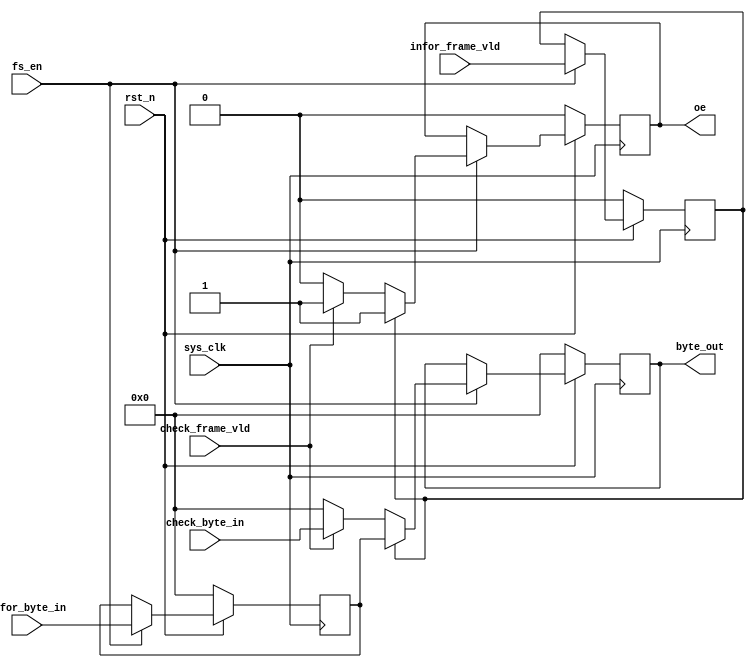
`timescale 1ns / 1ps
module ldpcencoder_mux(
input	          							sys_clk,
input											fs_en,
input	          							rst_n,
//////////////////////////////////////////////////////////////
input	          							infor_frame_vld,
input   			 		[7:0]     		infor_byte_in,
input	          							check_frame_vld,
input   			 		[7:0]     		check_byte_in,
//////////////////////////////////////////////////////////////
output  reg  								oe,
output  reg  			   	[7:0]     		byte_out
//////////////////////////////////////////////////////////////
);



reg											infor_frame_vld_1dly_reg;
reg							[7:0]			infor_byte_in_1dly_reg;

always @(posedge sys_clk)begin
	if(~rst_n)begin
		infor_byte_in_1dly_reg <= 8'b00000000;
		infor_frame_vld_1dly_reg <= 1'b0;
	end
	else if(fs_en == 1'b1)begin
		infor_byte_in_1dly_reg <= infor_byte_in;
		infor_frame_vld_1dly_reg <= infor_frame_vld;
	end
	else begin
	end
end



always @(posedge sys_clk)begin
	if(~rst_n)begin
		oe <= 1'b0;
		byte_out <= 8'b00000000;
	end
	else if(fs_en == 1'b1)begin
		if((infor_frame_vld_1dly_reg == 1))begin///////////////////// delay not align
			oe <= 1'b1;
			byte_out <= infor_byte_in_1dly_reg;
		end
		else if(check_frame_vld == 1)begin
			oe <= 1'b1;
			byte_out <= check_byte_in;
		end
		else begin
			oe <= 1'b0;
			byte_out <= 8'b00000000;
		end
	end
	else begin
	end
end

endmodule